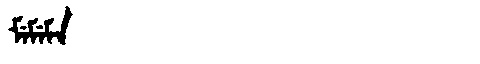
Manchu: ᠮᡝᠮᡝᠮᠠ
Romanization: MEMEMA